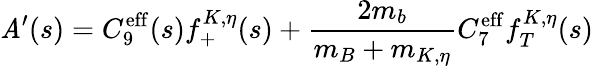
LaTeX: \mathit{A}^{\prime}(s)=C_{9}^{\mathrm{{eff}}}(s)f_{+}^{K,\eta}(s)+\frac{{2m_{b}}}{{m_{B}+m_{K,\eta}}}C_{7}^{\mathrm{{eff}}}f_{T}^{K,\eta}(s)